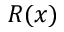
R ( x )